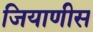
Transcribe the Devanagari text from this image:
जियाणीस